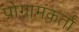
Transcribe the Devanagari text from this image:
प्रोग्रामकर्ता